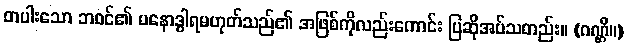
တပါးသော ဘဝင်၏ မနောဒွါရမဟုတ်သည်၏ အဖြစ်ကိုလည်းကောင်း ပြဆိုအပ်သတည်း။ (ဂဏ္ဌိ။)